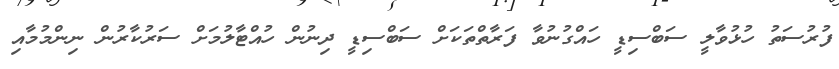
ފުރުސަތު ހުޅުވާލީ ސަބްސިޑީ ހައްގުނުވާ ފަރާތްތަކަށް ސަބްސިޑީ ދިނުން ހުއްޓާލުމަށް ސަރުކާރުން ނިންމުމާއި